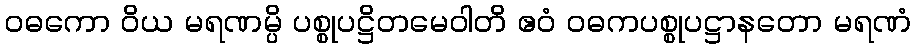
ဝဓကော ဝိယ မရဏမ္ပိ ပစ္စုပဋ္ဌိတမေဝါတိ ဧဝံ ဝဓကပစ္စုပဋ္ဌာနတော မရဏံ